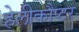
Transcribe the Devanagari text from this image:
हेलीकौप्टर